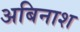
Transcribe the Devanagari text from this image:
अबिनाश